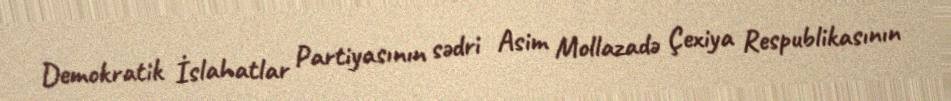
Demokratik İslahatlar Partiyasının sədri Asim Mollazadə Çexiya Respublikasının